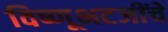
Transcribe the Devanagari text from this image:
विष्णूभटजींचे